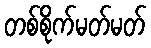
တစ်စိုက်မတ်မတ်